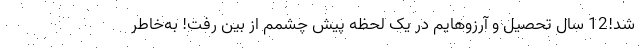
شد!12 سال تحصیل و آرزوهایم در یک لحظه پیش چشمم از بین رفت! به‌خاطر